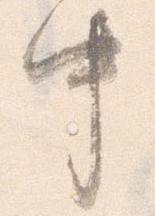
中